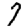
Digit: 7